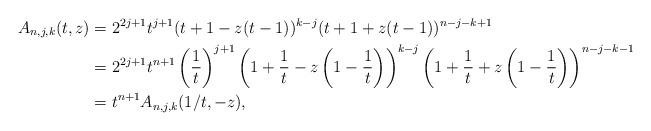
LaTeX: \begin{align*}A_{n,j,k}(t,z) & =2^{2j+1}t^{j+1}(t+1-z(t-1))^{k-j}(t+1+z(t-1))^{n-j-k+1}\\ & =2^{2j+1}t^{n+1}\left(\frac{1}{t}\right)^{j+1}\left(1+\frac{1}{t}-z\left(1-\frac{1}{t}\right)\right)^{k-j}\left(1+\frac{1}{t}+z\left(1-\frac{1}{t}\right)\right)^{n-j-k-1}\\ & =t^{n+1}A_{n,j,k}(1/t,-z),\end{align*}